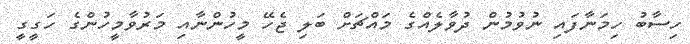
ހިސާބު ހިމަނާފައި ނުވުމުން ދުވާލެއްގެ މައްޗަށް ބަލި ޖެހޭ މީހުންނާއި މަރުވާމީހުންގެ ހަގީގީ